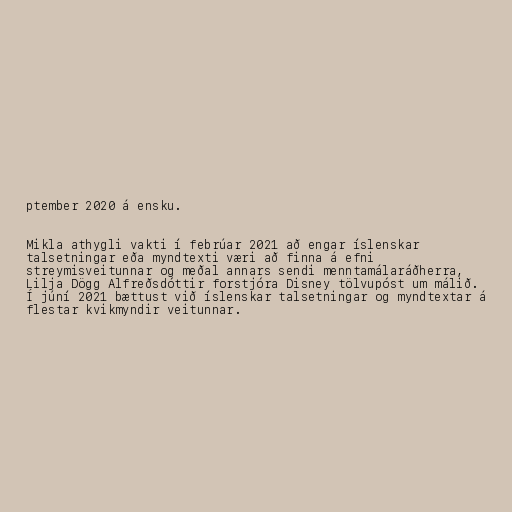
ptember 2020 á ensku.

Mikla athygli vakti í febrúar 2021 að engar íslenskar
talsetningar eða myndtexti væri að finna á efni
streymisveitunnar og meðal annars sendi menntamálaráðherra,
Lilja Dögg Alfreðsdóttir forstjóra Disney tölvupóst um málið.
Í júní 2021 bættust við íslenskar talsetningar og myndtextar á
flestar kvikmyndir veitunnar.